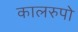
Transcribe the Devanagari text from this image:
कालरुपो